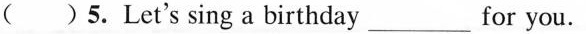
( )5.Let's sing a birthday___for you.